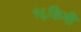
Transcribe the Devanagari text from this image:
१६किमी